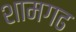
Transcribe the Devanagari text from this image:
शामगढ